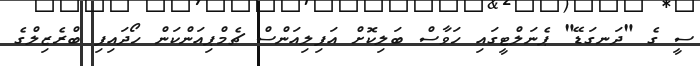
ސީ ގެ "ދަނގަޑޭ" ޕެނަލްޓީގައި ހަވާސް ބަލިކޮށް އަފިލިއަންސް ޗެމްޕިއަންކަން ހޯދައިފި ބްރެޒިލްގެ